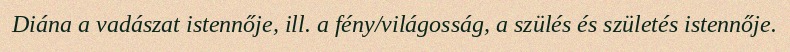
Diána a vadászat istennője, ill. a fény/világosság, a szülés és születés istennője.